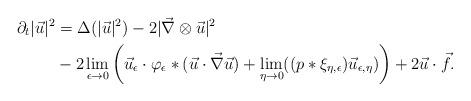
LaTeX: \begin{align*}\partial_t\vert\vec u\vert^2&= \Delta(\vert \vec u\vert^2)-2\vert\vec\nabla\otimes\vec u\vert^2\\&- 2\lim_{\epsilon\rightarrow 0} \left(\vec u_\epsilon\cdot\varphi_\epsilon*(\vec u\cdot\vec\nabla\vec u)+\lim_{\eta\rightarrow 0}( (p*\xi_{\eta,\epsilon})\vec u_{\epsilon,\eta})\right)+2\vec u\cdot\vec f.\end{align*}